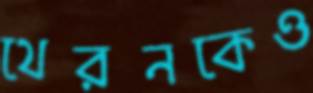
থেরনকেও